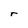
Character: r